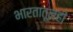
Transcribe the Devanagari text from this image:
भारतातूनही